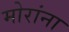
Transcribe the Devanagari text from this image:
मोरांना